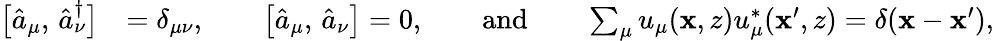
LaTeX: \begin{array}{rl}{\bigl[\hat{a}_{\mu},\, \hat{a}_{\nu}^{\dagger}\bigr]}&{=\delta_{\mu\nu},\qquad\bigl[\hat{a}_{\mu},\, \hat{a}_{\nu}\bigr]=0,\qquad\mathrm{and}\qquad\sum_{\mu}u_{\mu}(\mathbf{x},z)u_{\mu}^{*}(\mathbf{x}^{\prime},z)=\delta(\mathbf{x}-\mathbf{x}^{\prime}),}\end{array}